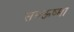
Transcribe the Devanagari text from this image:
समऊष्मा